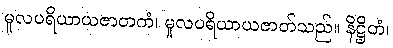
မူလပရိယာယဇာတကံ၊ မူလပရိယာယဇာတ်သည်။ နိဋ္ဌိတံ၊